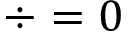
\div \u = 0